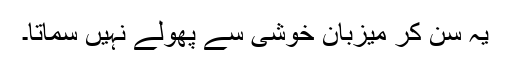
یہ سن کر میزبان خوشی سے پھولے نہیں سماتا۔